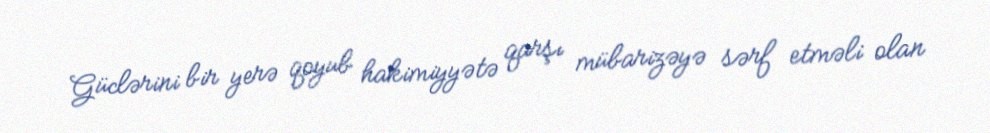
Güclərini bir yerə qoyub hakimiyyətə qarşı mübarizəyə sərf etməli olan